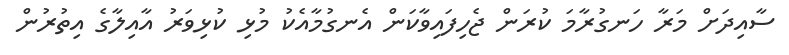
ސާއިދަށް މަރާ ހަނގުރާމަ ކުރަން ޖެހިފައިވާކަން އެނގުމާއެކު މުޅި ކުޅިވަރު އާއިލާގެ އިތުރުން